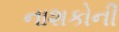
નાશકોની